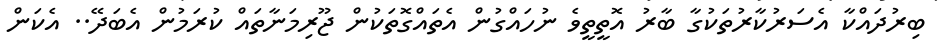
ބިރުދައްކާ އެސަރުކާރުތަކުގާ ބާރު އޮތީތީވެ ނުހައްގުން އެތައްގޮތަކުން ޖޫރިމަނާތައް ކުރަމުން އެބަދޭ.. އެކަން